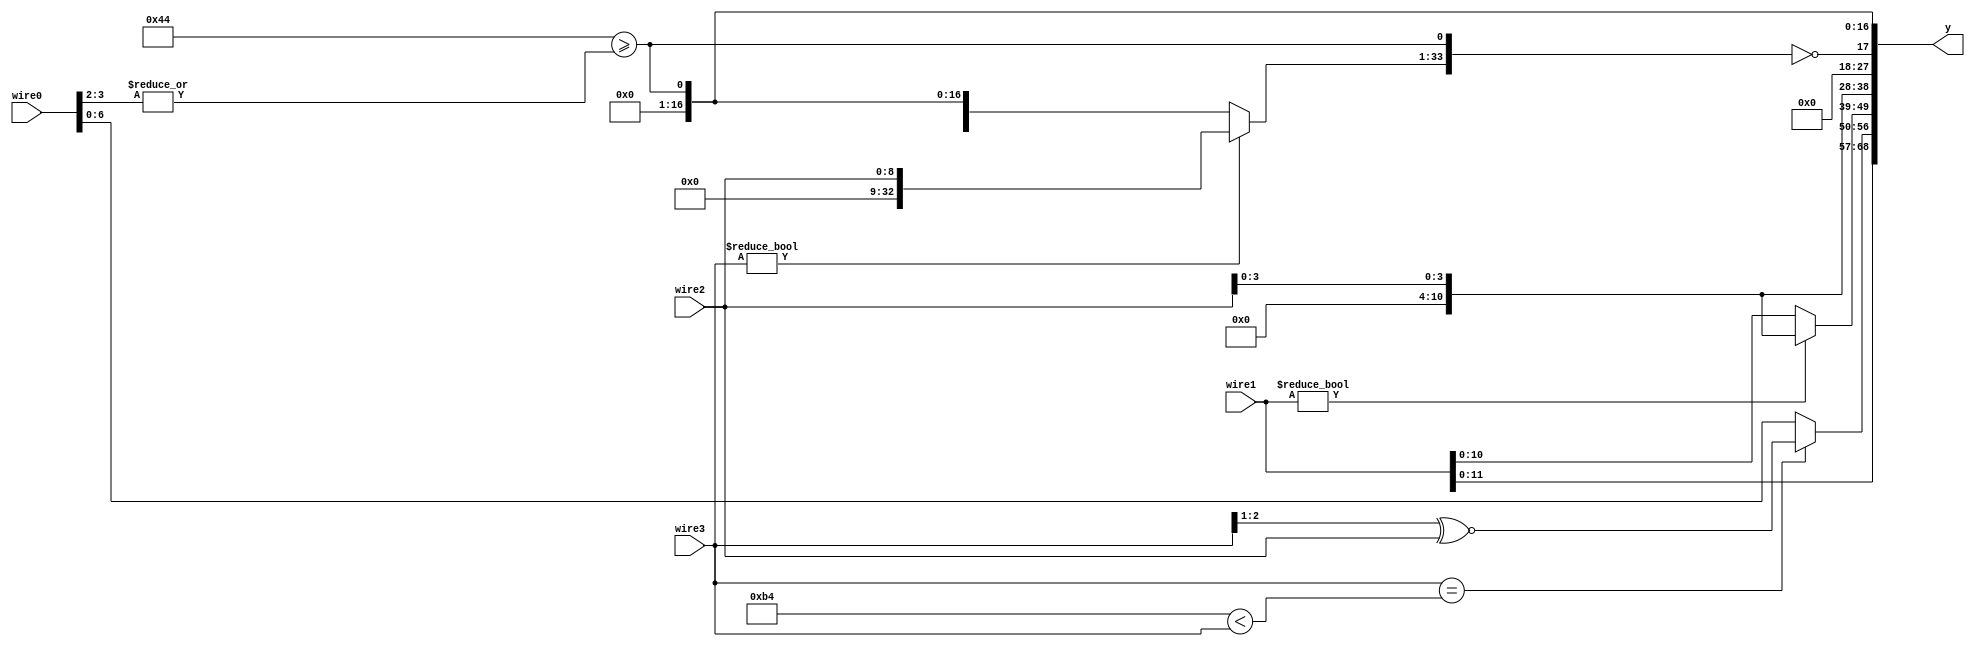
module top  (y, wire3, wire2, wire1, wire0);
  output wire [(32'h44):(32'h0)] y;
  input wire signed [(3'h7):(1'h0)] wire3;
  input wire signed [(4'h8):(1'h0)] wire2;
  input wire signed [(4'hf):(1'h0)] wire1;
  input wire [(5'h12):(1'h0)] wire0;
  wire signed [(4'hf):(1'h0)] wire9;
  wire signed [(3'h6):(1'h0)] wire8;
  wire [(4'ha):(1'h0)] wire7;
  wire signed [(4'ha):(1'h0)] wire6;
  wire [(4'ha):(1'h0)] wire5;
  wire [(5'h10):(1'h0)] wire4;
  assign y = {wire9, wire8, wire7, wire6, wire5, wire4};
  assign wire4 = ((7'h44) >= (|wire0[(2'h3):(2'h2)]));
  assign wire5 = ($unsigned(wire4[(3'h4):(2'h2)]) == {(wire3 ?
                         $unsigned({wire2}) : {$signed(wire1), wire4}),
                     wire4});
  assign wire6 = wire2[(2'h3):(1'h0)];
  assign wire7 = (wire1 ? wire6 : wire1);
  assign wire8 = ((wire3 == (+$signed(((8'hb4) < wire3)))) ?
                     $signed((+(wire3[(2'h2):(1'h1)] ^~ $signed(wire2)))) : wire0);
  assign wire9 = wire1;
endmodule